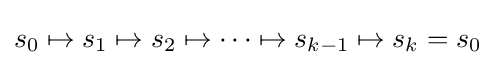
s_{0}\mapsto s_{1}\mapsto s_{2}\mapsto \cdots \mapsto s_{k-1}\mapsto s_{k}=s_{0}